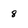
Character: 8